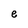
Character: e